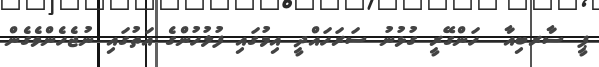
ޕީ ސާރބިއާ  ހަންގޭރީ ގުޅުނު ސަރަހައްދީ އިމުގައި ފުލުހުންގެ އަތުގައި ނުޖެހެންވެގެން